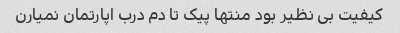
کیفیت بی نظیر بود منتها پیک تا دم درب اپارتمان نمیارن